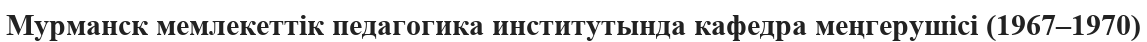
Мурманск мемлекеттік педагогика институтында кафедра меңгерушісі (1967–1970)